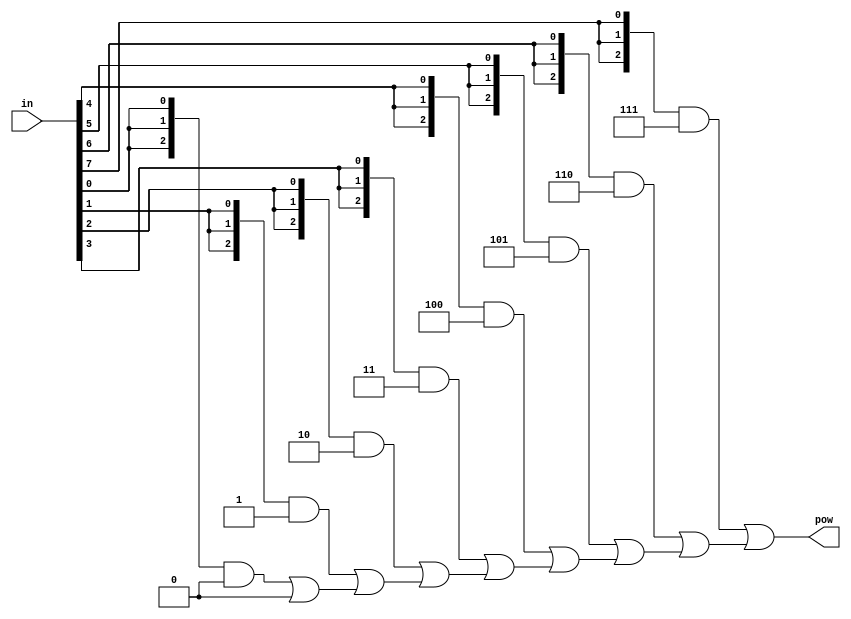
module encoder_paral
#(
        parameter IN_SIZE  = 8,
        parameter OUT_SIZE = $clog2(IN_SIZE)
)
(
        input  wire [IN_SIZE  - 1:0] in,
        output wire  [OUT_SIZE - 1:0] pow
);

wire [OUT_SIZE - 1:0] tmp [IN_SIZE:0];


genvar g;
generate for (g = 0; g < IN_SIZE + 1; g = g + 1)
begin: loop_1
        if (g == 0) assign tmp[g] = 'h0;
        else assign tmp[g] = {OUT_SIZE{in[g - 1]}} & (g - 1) | tmp[g - 1];
end
endgenerate


assign pow = tmp[IN_SIZE];

endmodule